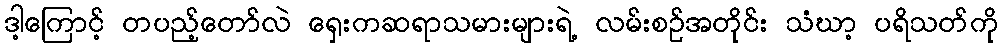
ဒါ့ကြောင့် တပည့်တော်လဲ ရှေးကဆရာသမားများရဲ့ လမ်းစဉ်အတိုင်း သံဃာ့ ပရိသတ်ကို